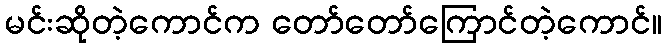
မင်းဆိုတဲ့ကောင်က တော်တော်ကြောင်တဲ့ကောင်။